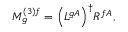
M _ { g } ^ { ( 3 ) f } = { \left( L ^ { g A } \right) } ^ { \dagger } R ^ { f A } ,